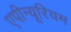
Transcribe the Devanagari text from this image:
एपीन्यूरियम